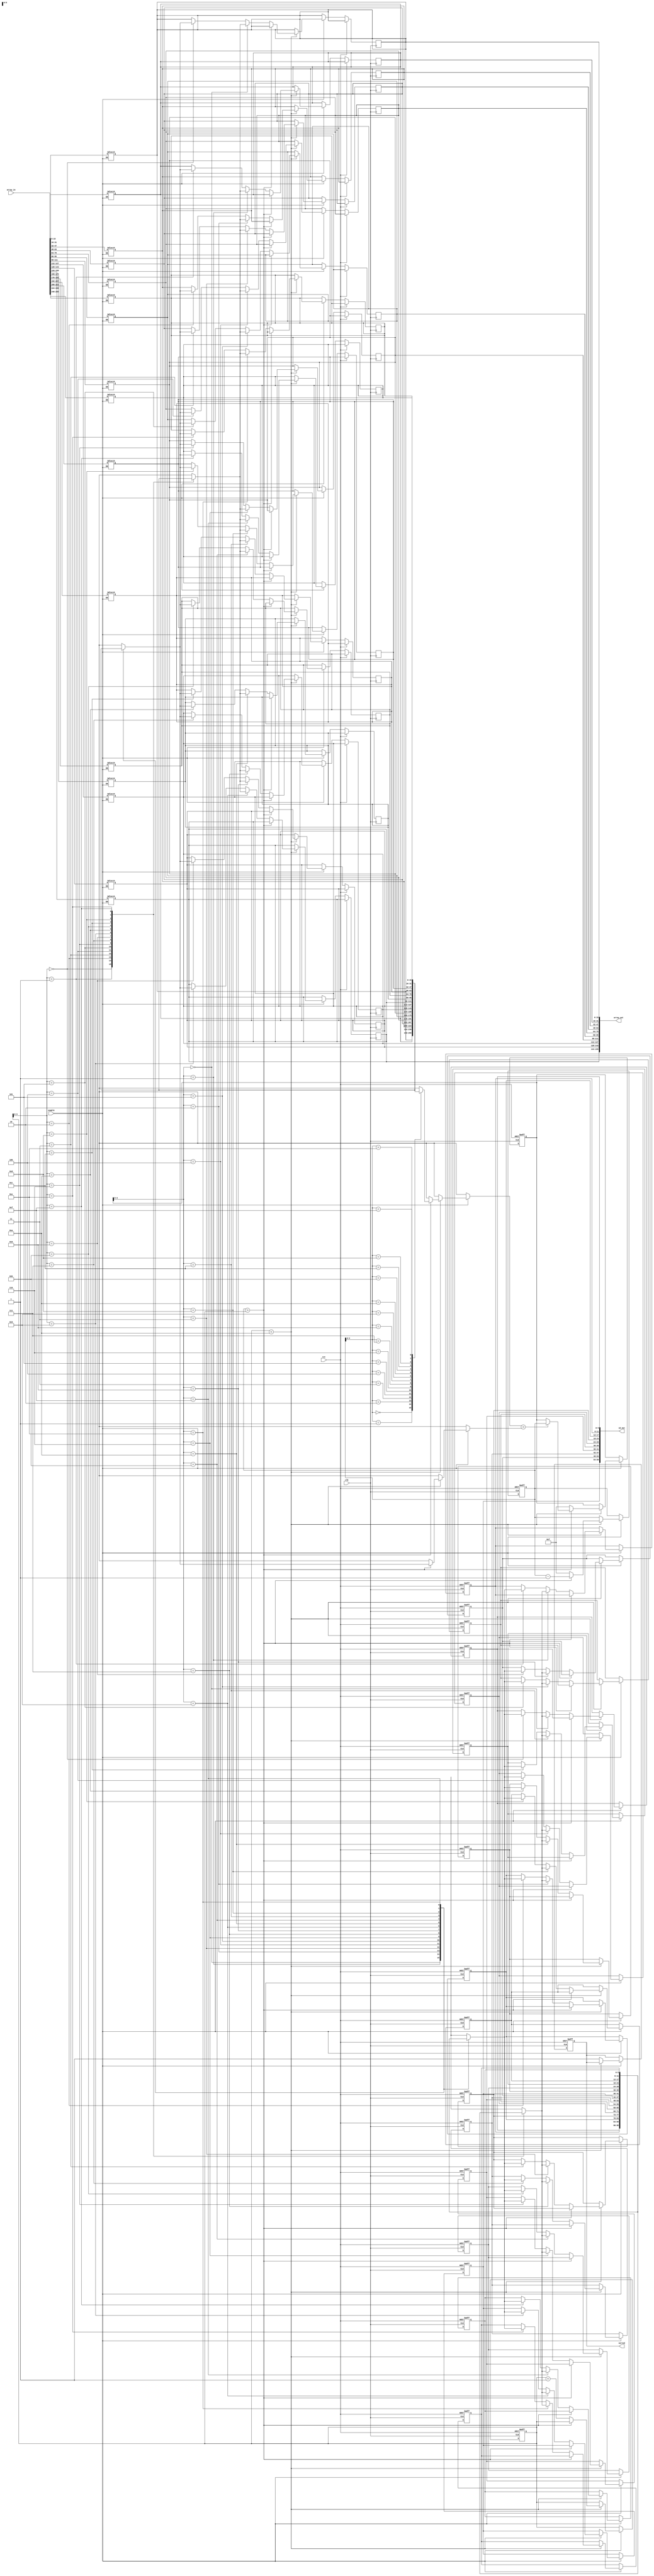
/*
TODO:
1) sort ID
 */
module top10
# (parameter  DATA_WIDTH= 16, NUM_WORDS = 16)
(input clk,input rst, input enable,input [DATA_WIDTH*NUM_WORDS-1:0] array_in,
output  [DATA_WIDTH*10-1:0] array_out, output  [6*10-1:0] id_out,output reg sorted);


integer j,k,l,m;

// integer x;
// always @(*)begin
// 	if(enable)begin
// 		$display($time,"--------------");
// 		for(x=0;x<NUM_WORDS ;x=x+1)begin
// 			$display("in%d=%d id=%d",x,array[x],ID[x]);		
// 		end
// 	end
// end



reg [DATA_WIDTH-1:0] array [NUM_WORDS-1:0];

reg [5:0] ID [NUM_WORDS-1:0];

always@(*) begin
	if(enable)begin
	l=0;
		for (j=0; j<NUM_WORDS; j=j+1) begin
			for (k=0; k<DATA_WIDTH; k=k+1) begin
			      	array[j][k]=array_in[l];
			     	l=l+1;
			end
		end		
	end
end



reg [6:0] p, head, max,n;




always @(posedge clk or posedge rst) begin	
	if (rst) begin
		 p<=NUM_WORDS-1;
		 head<=0;
		 max<=NUM_WORDS-1;
		 sorted=1'b0;
		 for(n=0;n<NUM_WORDS;n=n+1)begin
		 	ID[n]<=n;
		 	//$display($time,"ID[n]=%d",ID[n]);
		 end
	end
	else if(enable) begin
		 if(head<10)begin
			 if(p>head)begin
			 	if(array[p]>array[max])begin
			 		max<=p;
			 	end
			 	p<=p-1;
			 end
			 else begin
			 	if(array[head]<array[max])begin
			 		array[head]<=array[max];
					array[max]<=array[head];		
			 	end
			 	p<=NUM_WORDS-1;
			 	head<=head+1;
			 	max<=NUM_WORDS-1;
			 	array[head]<=array[max];
			 	array[max]<=array[head];
			 	ID[head]<=ID[max];
			 	ID[max]<=ID[head];
			 end
		 end
		 else begin
		 	sorted=1'b1;
		 end

	end
	
end


generate
	genvar i;
	for(i=0;i<10;i=i+1)begin
		assign array_out[i*DATA_WIDTH+:DATA_WIDTH] = array[i];
		assign id_out[i*6+:6]=ID[i];
	end 
endgenerate


endmodule